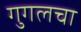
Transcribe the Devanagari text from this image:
गुगलचा